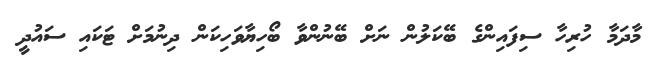
މާދަމާ ހުރިހާ ސިފައިންގެ ބޭކަލުން ނަށް ބޭނުންވާ ބޯހިޔާވަހިކަން ދިނުމަށް ޓަކައި ސައުދީ